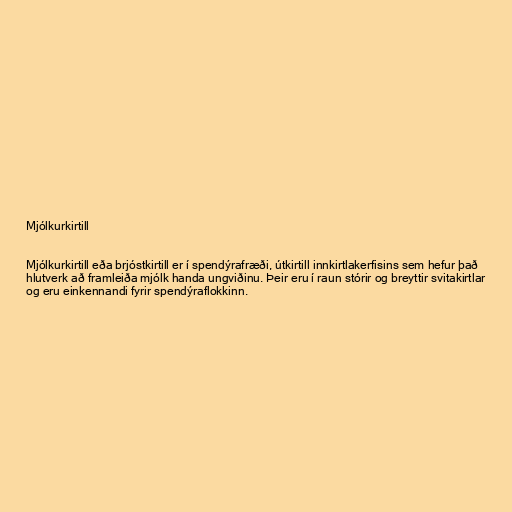
Mjólkurkirtill

Mjólkurkirtill eða brjóstkirtill er í spendýrafræði, útkirtill innkirtlakerfisins sem hefur það
hlutverk að framleiða mjólk handa ungviðinu. Þeir eru í raun stórir og breyttir svitakirtlar
og eru einkennandi fyrir spendýraflokkinn.